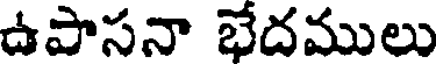
ఉపాసనా భేదములు